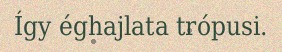
Így éghajlata trópusi.